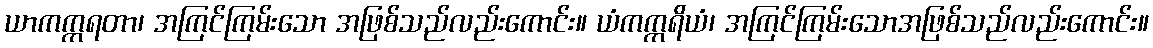
ယာကက္ကရတာ၊ အကြင်ကြမ်းသော အဖြစ်သည်လည်းကောင်း။ ယံကက္ကရိယံ၊ အကြင်ကြမ်းသောအဖြစ်သည်လည်းကောင်း။